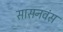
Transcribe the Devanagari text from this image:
सासनवंस